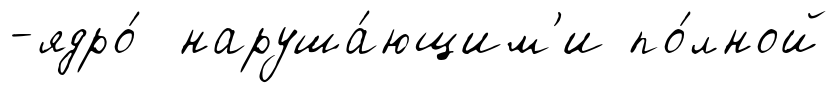
-ядро́ наруша́ющим'и по́лной